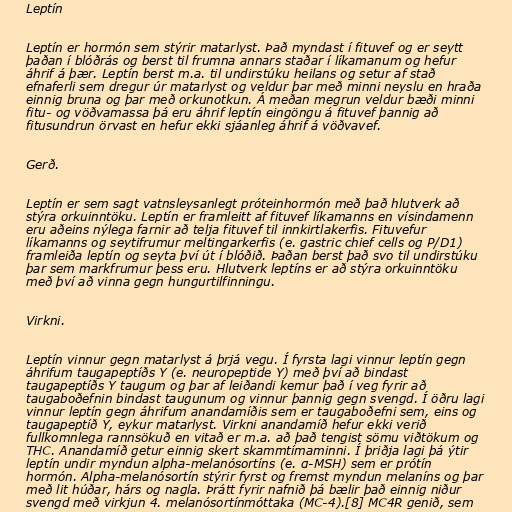
Leptín

Leptín er hormón sem stýrir matarlyst. Það myndast í fituvef og er seytt
þaðan í blóðrás og berst til frumna annars staðar í líkamanum og hefur
áhrif á þær. Leptín berst m.a. til undirstúku heilans og setur af stað
efnaferli sem dregur úr matarlyst og veldur þar með minni neyslu en hraða
einnig bruna og þar með orkunotkun. Á meðan megrun veldur bæði minni
fitu- og vöðvamassa þá eru áhrif leptín eingöngu á fituvef þannig að
fitusundrun örvast en hefur ekki sjáanleg áhrif á vöðvavef.

Gerð.

Leptín er sem sagt vatnsleysanlegt próteinhormón með það hlutverk að
stýra orkuinntöku. Leptín er framleitt af fituvef líkamanns en vísindamenn
eru aðeins nýlega farnir að telja fituvef til innkirtlakerfis. Fituvefur
líkamanns og seytifrumur meltingarkerfis (e. gastric chief cells og P/D1)
framleiða leptín og seyta því út í blóðið. Þaðan berst það svo til undirstúku
þar sem markfrumur þess eru. Hlutverk leptíns er að stýra orkuinntöku
með því að vinna gegn hungurtilfinningu.

Virkni.

Leptín vinnur gegn matarlyst á þrjá vegu. Í fyrsta lagi vinnur leptín gegn
áhrifum taugapeptíðs Y (e. neuropeptide Y) með því að bindast
taugapeptíðs Y taugum og þar af leiðandi kemur það í veg fyrir að
taugaboðefnin bindast taugunum og vinnur þannig gegn svengd. Í öðru lagi
vinnur leptín gegn áhrifum anandamíðis sem er taugaboðefni sem, eins og
taugapeptíð Y, eykur matarlyst. Virkni anandamíð hefur ekki verið
fullkomnlega rannsökuð en vitað er m.a. að það tengist sömu viðtökum og
THC. Anandamíð getur einnig skert skammtímaminni. Í þriðja lagi þá ýtir
leptín undir myndun alpha-melanósortíns (e. α-MSH) sem er prótín
hormón. Alpha-melanósortín stýrir fyrst og fremst myndun melaníns og þar
með lit húðar, hárs og nagla. Þrátt fyrir nafnið þá bælir það einnig niður
svengd með virkjun 4. melanósortínmóttaka (MC-4).[8] MC4R genið, sem